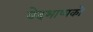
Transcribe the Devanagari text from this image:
वेदभाष्यको